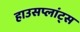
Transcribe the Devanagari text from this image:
हाउसप्लांट्स